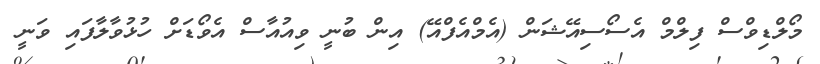
މޯލްޑިވްސް ފިލްމް އެސޯސިއޭޝަން (އެމްއެފްއޭ) އިން ބުނީ ވިއުއާސް އެވޯޑަށް ހުޅުވާލާފައި ވަނީ